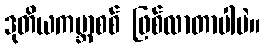
ဒုတိယကမ္ဘာစစ် ဖြစ်လာတာပါပဲ။